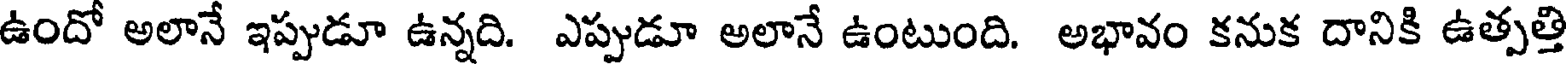
ఉందో అలానే ఇప్పుడూ ఉన్నది. ఎప్పుడూ అలానే ఉంటుంది. అభావం కనుక దానికి ఉత్పత్తి